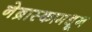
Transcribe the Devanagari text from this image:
नेब्रास्कामधून